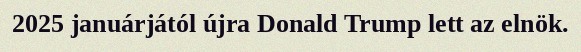
2025 januárjától újra Donald Trump lett az elnök.